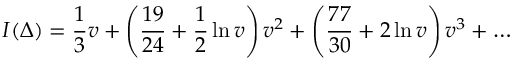
I ( \Delta ) = \frac { 1 } { 3 } v + \left( \frac { 1 9 } { 2 4 } + \frac { 1 } { 2 } \ln v \right) v ^ { 2 } + \left( \frac { 7 7 } { 3 0 } + 2 \ln v \right) v ^ { 3 } + \ldots